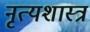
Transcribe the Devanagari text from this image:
नृत्‍यशास्‍त्र